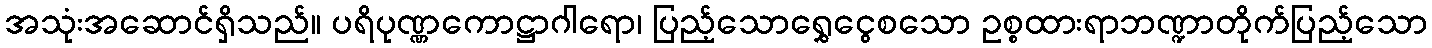
အသုံးအဆောင်ရှိသည်။ ပရိပုဏ္ဏကောဋ္ဌာဂါရော၊ ပြည့်သောရွှေငွေစသော ဥစ္စထားရာဘဏ္ဍာတိုက်ပြည့်သော